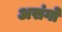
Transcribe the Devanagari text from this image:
असंगो